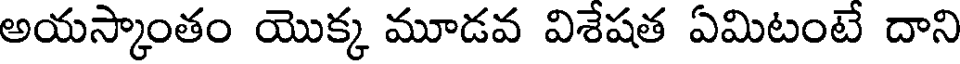
అయస్కాంతం యొక్క మూడవ విశేషత ఏమిటంటే దాని